Sanitation, dispensaries and jails vaccination Rajputana 1922-1927 - 1922-1927
Year: 1922
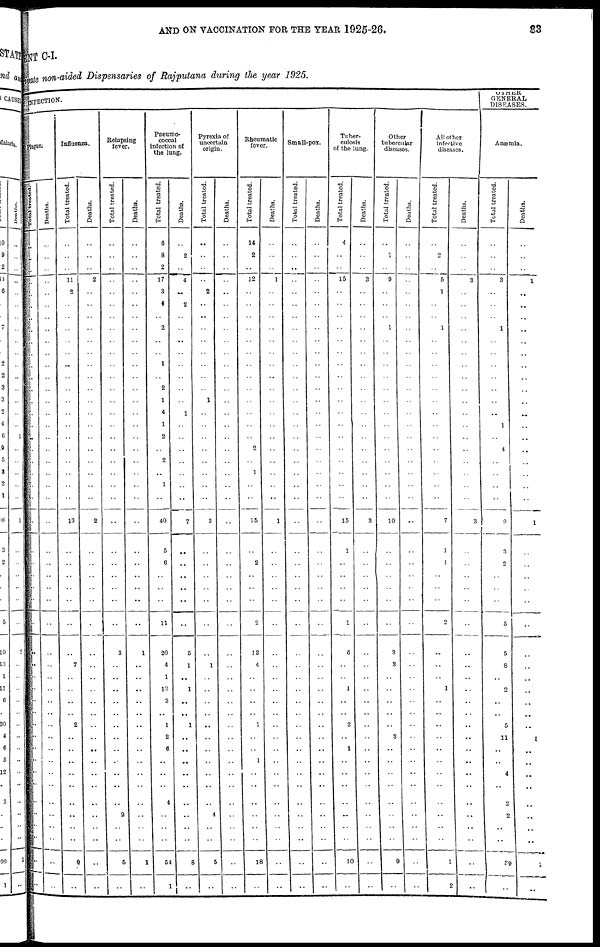
AND ON VACCINATION FOR THE YEAR 1925-26.
83
MENT C-I.
Private non-aided Dispensaries of Rajputana during the year 1925.
BY INFECTION.
Plague.
Total treated.
..
..
..
..
..
..
..
..
..
..
..
..
..
..
..
..
..
..
..
..
..
..
..
..
..
..
..
..
..
..
..
..
..
..
..
..
..
..
..
..
..
..
..
..
..
..
..
Deaths.
..
..
..
..
..
..
..
..
..
..
..
..
..
..
..
..
..
..
..
..
..
..
..
..
..
..
..
..
..
..
..
..
..
..
..
..
..
..
..
..
..
..
..
..
..
..
..
Influenza.
Total treated.
..
..
..
11
2
..
..
..
..
..
..
..
..
..
..
..
..
..
..
..
..
..
13
..
..
..
..
..
..
..
7
..
..
..
..
2
..
..
..
..
..
..
..
..
..
9
..
Deaths.
..
..
..
2
..
..
..
..
..
..
..
..
..
..
..
..
..
..
..
..
..
..
2
..
..
..
..
..
..
..
..
..
..
..
..
..
..
..
..
..
..
..
..
..
..
..
..
Relapsing
fever.
Total treated.
..
..
..
..
..
..
..
..
..
..
..
..
..
..
..
..
..
..
..
..
..
..
..
..
..
..
..
..
..
3
..
..
..
..
..
..
..
..
..
..
..
..
2
..
..
5
..
Deaths.
..
..
..
..
..
..
..
..
..
..
..
..
..
..
..
..
..
..
..
..
..
..
..
..
..
..
..
..
..
1
..
..
..
..
..
..
..
..
..
..
..
..
..
..
..
1
..
Pneumo-
coccal
infection of
the lung.
Total treated.
6
8
2
17
3
4
..
2
..
..
1
..
2
1
4
1
2
..
2
..
1
..
40
5
6
..
..
..
11
20
4
1
13
3
..
1
2
6
..
..
..
4
..
..
..
54
1
Deaths.
..
2
..
4
..
2
..
..
..
..
..
..
..
..
1
..
..
..
..
..
..
..
7
..
..
..
..
..
..
5
1
..
1
..
..
1
..
..
..
..
..
..
..
..
..
8
..
Pyrexia of
uncertain
origin.
Total treated.
..
..
..
..
2
..
..
..
..
..
..
..
..
1
..
..
..
..
..
..
..
..
3
..
..
..
..
..
..
..
1
..
..
..
..
..
..
..
..
..
..
..
4
..
..
5
..
Deaths.
..
..
..
..
..
..
..
..
..
..
..
..
..
..
..
..
..
..
..
..
..
..
..
..
..
..
..
..
..
..
..
..
..
..
..
..
..
..
..
..
..
..
..
..
..
..
..
Rheumatic
fever.
Total treated.
14
2
..
12
..
..
..
..
..
..
..
..
..
..
..
..
..
2
..
1
..
..
15
..
2
..
..
..
2
12
4
..
..
..
..
1
..
..
1
..
..
..
..
..
..
18
..
Deaths.
..
..
..
1
..
..
..
..
..
..
..
..
..
..
..
..
..
..
..
..
..
..
1
..
..
..
..
..
..
..
..
..
..
..
..
..
..
..
..
..
..
..
..
..
..
..
..
Small-pox.
Total treated.
..
..
..
..
..
..
..
..
..
..
..
..
..
..
..
..
..
..
..
..
..
..
..
..
..
..
..
..
..
..
..
..
..
..
..
..
..
..
..
..
..
..
..
..
..
..
..
Deaths.
..
..
..
..
..
..
..
..
..
..
..
..
..
..
..
..
..
..
..
..
..
..
..
..
..
..
..
..
..
..
..
..
..
..
..
..
..
..
..
..
..
..
..
..
..
..
..
Tuber-
culosis
of the lung.
Total treated.
4
..
..
15
..
..
..
..
..
..
..
..
..
..
..
..
..
..
..
..
..
..
15
1
..
..
..
..
1
6
..
..
1
..
..
2
..
1
..
..
..
..
..
..
..
10
..
Deaths.
..
..
..
3
..
..
..
..
..
..
..
..
..
..
..
..
..
..
..
..
..
..
3
..
..
..
..
..
..
..
..
..
..
..
..
..
..
..
..
..
..
..
..
..
..
..
..
Other
tubercular
diseases.
Total treated.
..
1
..
9
..
..
..
1
..
..
..
..
..
..
..
..
..
..
..
..
..
..
10
..
..
..
..
..
..
3
3
..
..
..
..
..
3
..
..
..
..
..
..
..
..
9
..
Deaths.
..
..
..
..
..
..
..
..
..
..
..
..
..
..
..
..
..
..
..
..
..
..
..
..
..
..
..
..
..
..
..
..
..
..
..
..
..
..
..
..
..
..
..
..
..
..
..
All other
infective
diseases.
Total treated.
..
2
..
5
1
..
..
1
..
..
..
..
..
..
..
..
..
..
..
..
..
..
7
1
1
..
..
..
2
..
..
..
1
..
..
..
..
..
..
..
..
..
..
..
..
1
2
Deaths.
..
..
..
3
..
..
..
..
..
..
..
..
..
..
..
..
..
..
..
..
..
..
3
..
..
..
..
..
..
..
..
..
..
..
..
..
..
..
..
..
..
..
..
..
..
..
..
OTHER
GENERAL
DISEASES.
Anæmia.
Total treated.
..
..
..
3
..
..
..
1
..
..
..
..
..
..
..
1
..
4
..
..
..
..
9
3
2
..
..
..
5
5
8
..
2
..
..
5
11
..
..
4
..
2
2
..
..
39
..
Deaths.
..
..
..
1
..
..
..
..
..
..
..
..
..
..
..
..
..
..
..
..
..
..
1
..
..
..
..
..
..
..
..
..
..
..
..
..
1
..
..
..
..
..
..
..
..
1
..